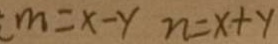
( m = x - y n = x + y